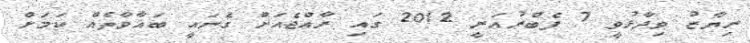
ރިޔާޒު ވިދާޅުވީ 7 ފެބްރުއަރީ 2012 ގައި ރާއްޖެއަށް ގެނައީ ބަޣާވާތެއް ކަމަށް